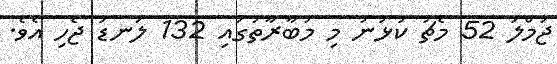
ޖުމްލަ 52 މެޗު ކުޅުނު މި މުބާރާތުގައި 132 ލަނޑު ޖެހި އެވެ.